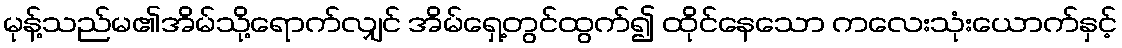
မုန့်သည်မ၏အိမ်သို့ရောက်လျှင် အိမ်ရှေ့တွင်ထွက်၍ ထိုင်နေသော ကလေးသုံးယောက်နှင့်